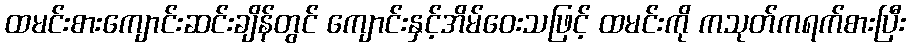
ထမင်းစားကျောင်းဆင်းချိန်တွင် ကျောင်းနှင့်အိမ်ဝေးသဖြင့် ထမင်းကို ကသုတ်ကရက်စားပြီး